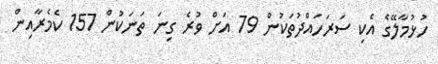
ހުޅުމާލޭގެ އެކި ސަރަހައްދުތަކުންް 79 އަށް ވުރެ ގިނަ ތަނަކުން 157 ކެމެރާއިން